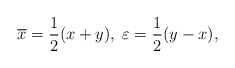
\begin{align*}\overline{x}=\frac 12(x+y),\;\varepsilon =\frac 12(y-x),\end{align*}